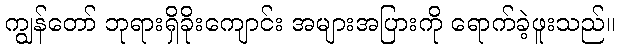
ကျွန်တော် ဘုရားရှိခိုးကျောင်း အများအပြားကို ရောက်ခဲ့ဖူးသည်။